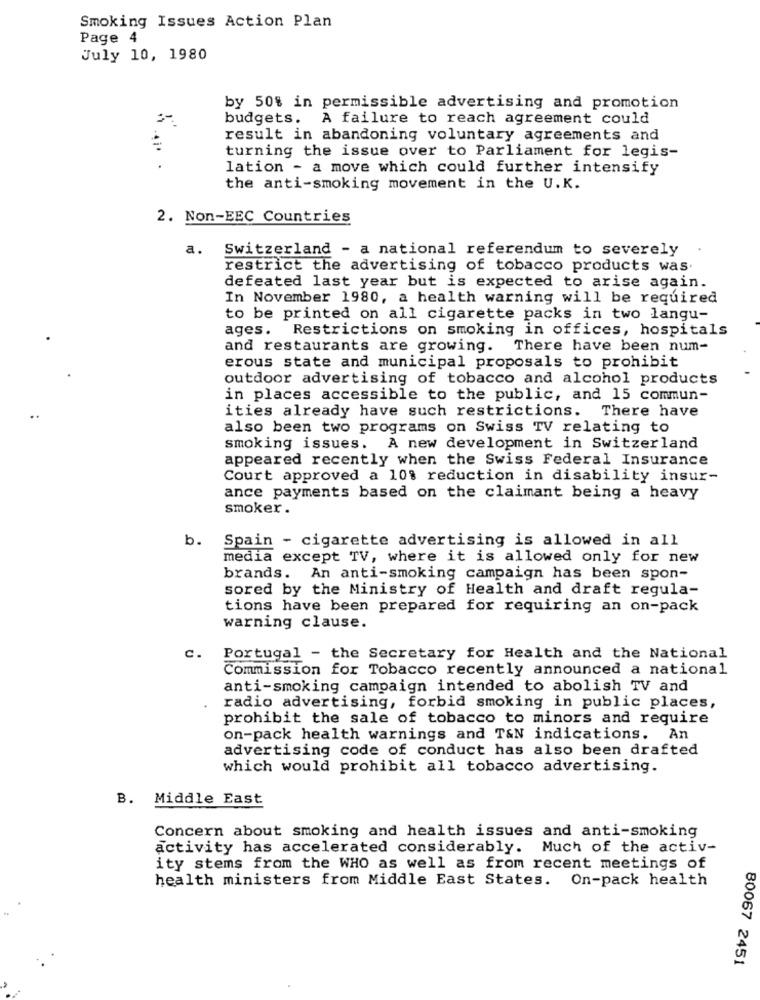
Smoking Issues Action Plan
Page 4
July 10, 1980
by 50% in permissible advertising and promotion
budgets. A failure to reach agreement could
result in abandoning voluntary agreements and
turning the issue over to Parliament for legis-
lation - a move which could further intensify
the anti-smoking movement in the U.K.
2. Non-EEC Countries
a.
Switzerland - a national referendum to severely
restrict the advertising of tobacco products was.
defeated last year but is expected to arise again.
In November 1980, a health warning will be required
to be printed on all cigarette packs in two langu-
ages. Restrictions on smoking in offices, hospitals
and restaurants are growing. There have been num-
erous state and municipal proposals to prohibit
outdoor advertising of tobacco and alcohol products
in places accessible to the public, and 15 commun-
ities already have such restrictions. There have
also been two programs on Swiss TV relating to
smoking issues. A new development in Switzerland
appeared recently when the Swiss Federal Insurance
Court approved a 10% reduction in disability insur-
ance payments based on the claimant being a heavy
smoker.
b. Spain - cigarette advertising is allowed in all
media except TV, where it is allowed only for new
brands. An anti-smoking campaign has been spon-
sored by the Ministry of Health and draft regula-
tions have been prepared for requiring an on-pack
warning clause.
c.
Portugal - the Secretary for Health and the National
Commission for Tobacco recently announced a national
anti-smoking campaign intended to abolish TV and
radio advertising, forbid smoking in public places,
prohibit the sale of tobacco to minors and require
on-pack health warnings and T&N indications. An
advertising code of conduct has also been drafted
which would prohibit all tobacco advertising.
B. Middle East
Concern about smoking and health issues and anti-smoking
activity has accelerated considerably. Much of the activ-
ity stems from the WHO as well as from recent meetings of
health ministers from Middle East States. On-pack health
80067 2451